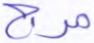
مرج